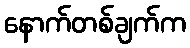
နောက်တစ်ချက်က